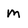
Character: m